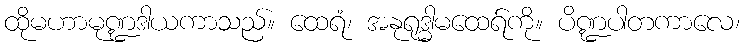
ထိုမဟာမုဏ္ဍဒါယကာသည်။ ထေရံ၊ အနုရုဒ္ဓါမထေရ်ကို။ ပိဏ္ဍပါတကာလေ၊